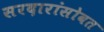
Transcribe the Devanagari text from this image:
सरदारांसोबत